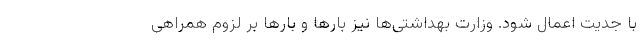
با جدیت اعمال شود. وزارت بهداشتی‌ها نیز بارها و بارها بر لزوم همراهی